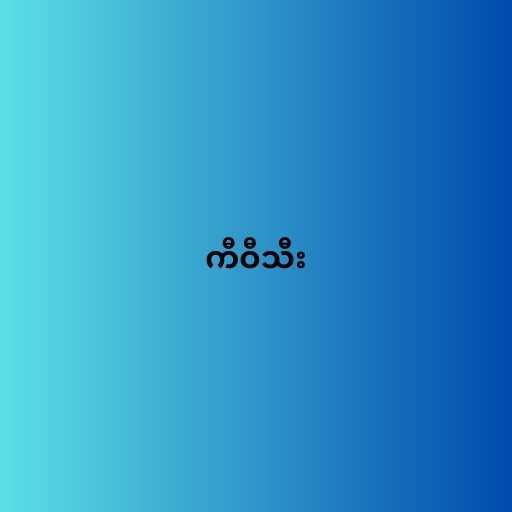
ကီဝီသီး